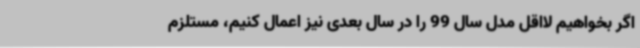
اگر بخواهیم لااقل مدل سال 99 را در سال بعدی نیز اعمال کنیم، مستلزم